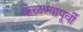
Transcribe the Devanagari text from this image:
कळण्यापूर्वी